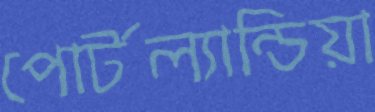
পোর্টল্যান্ডিয়া